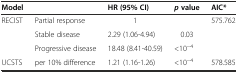
<table><thead><tr><td><b>Model</b></td><td></td><td><b>HR (95% CI)</b></td><td><b><i>p</i>value</b></td><td><b>AIC*</b></td></tr></thead><tbody><tr><td>RECIST</td><td>Partial response</td><td>1</td><td></td><td>575.762</td></tr><tr><td></td><td>Stable disease</td><td>2.29 (1.06-4.94)</td><td>0.03</td><td></td></tr><tr><td></td><td>Progressive disease</td><td>18.48 (8.41-40.59)</td><td>&lt;10<sup>−4</sup></td><td></td></tr><tr><td>UCSTS</td><td>per 10% difference</td><td>1.21 (1.16-1.26)</td><td>&lt;10<sup>−4</sup></td><td>578.585</td></tr></tbody></table>